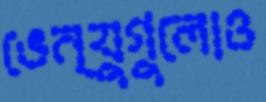
ভেন্যুগুলোও